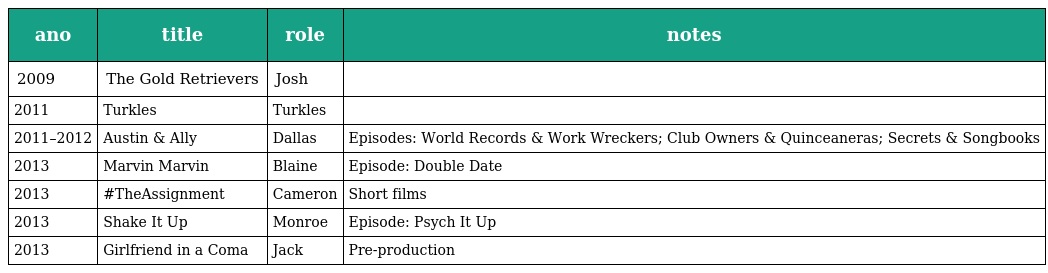
| ano | title | role | notes |
 | --- | --- | --- | --- |
 | 2009 | The Gold Retrievers | Josh |  |
 | 2011 | Turkles | Turkles |  |
 | 2011–2012 | Austin & Ally | Dallas | Episodes: World Records & Work Wreckers; Club Owners & Quinceaneras; Secrets & Songbooks |
 | 2013 | Marvin Marvin | Blaine | Episode: Double Date |
 | 2013 | #TheAssignment | Cameron | Short films |
 | 2013 | Shake It Up | Monroe | Episode: Psych It Up |
 | 2013 | Girlfriend in a Coma | Jack | Pre-production |